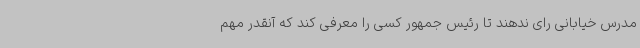
مدرس خیابانی رای ندهند تا رئیس جمهور کسی را معرفی کند که آنقدر مهم